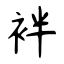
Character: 袢